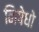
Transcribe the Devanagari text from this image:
निषेधो